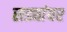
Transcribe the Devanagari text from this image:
सड्यांवर